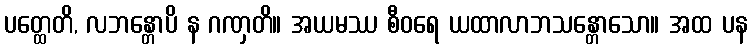
ပတ္ထေတိ, လဘန္တောပိ န ဂဏှတိ။ အယမဿ စီဝရေ ယထာလာဘသန္တောသော။ အထ ပန